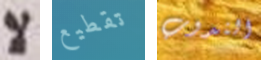
لا تقطيع الندوب